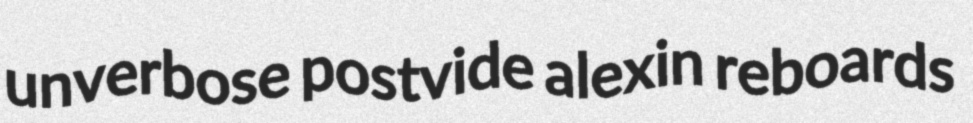
unverbose postvide alexin reboards